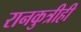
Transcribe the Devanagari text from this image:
रानकुत्रीही